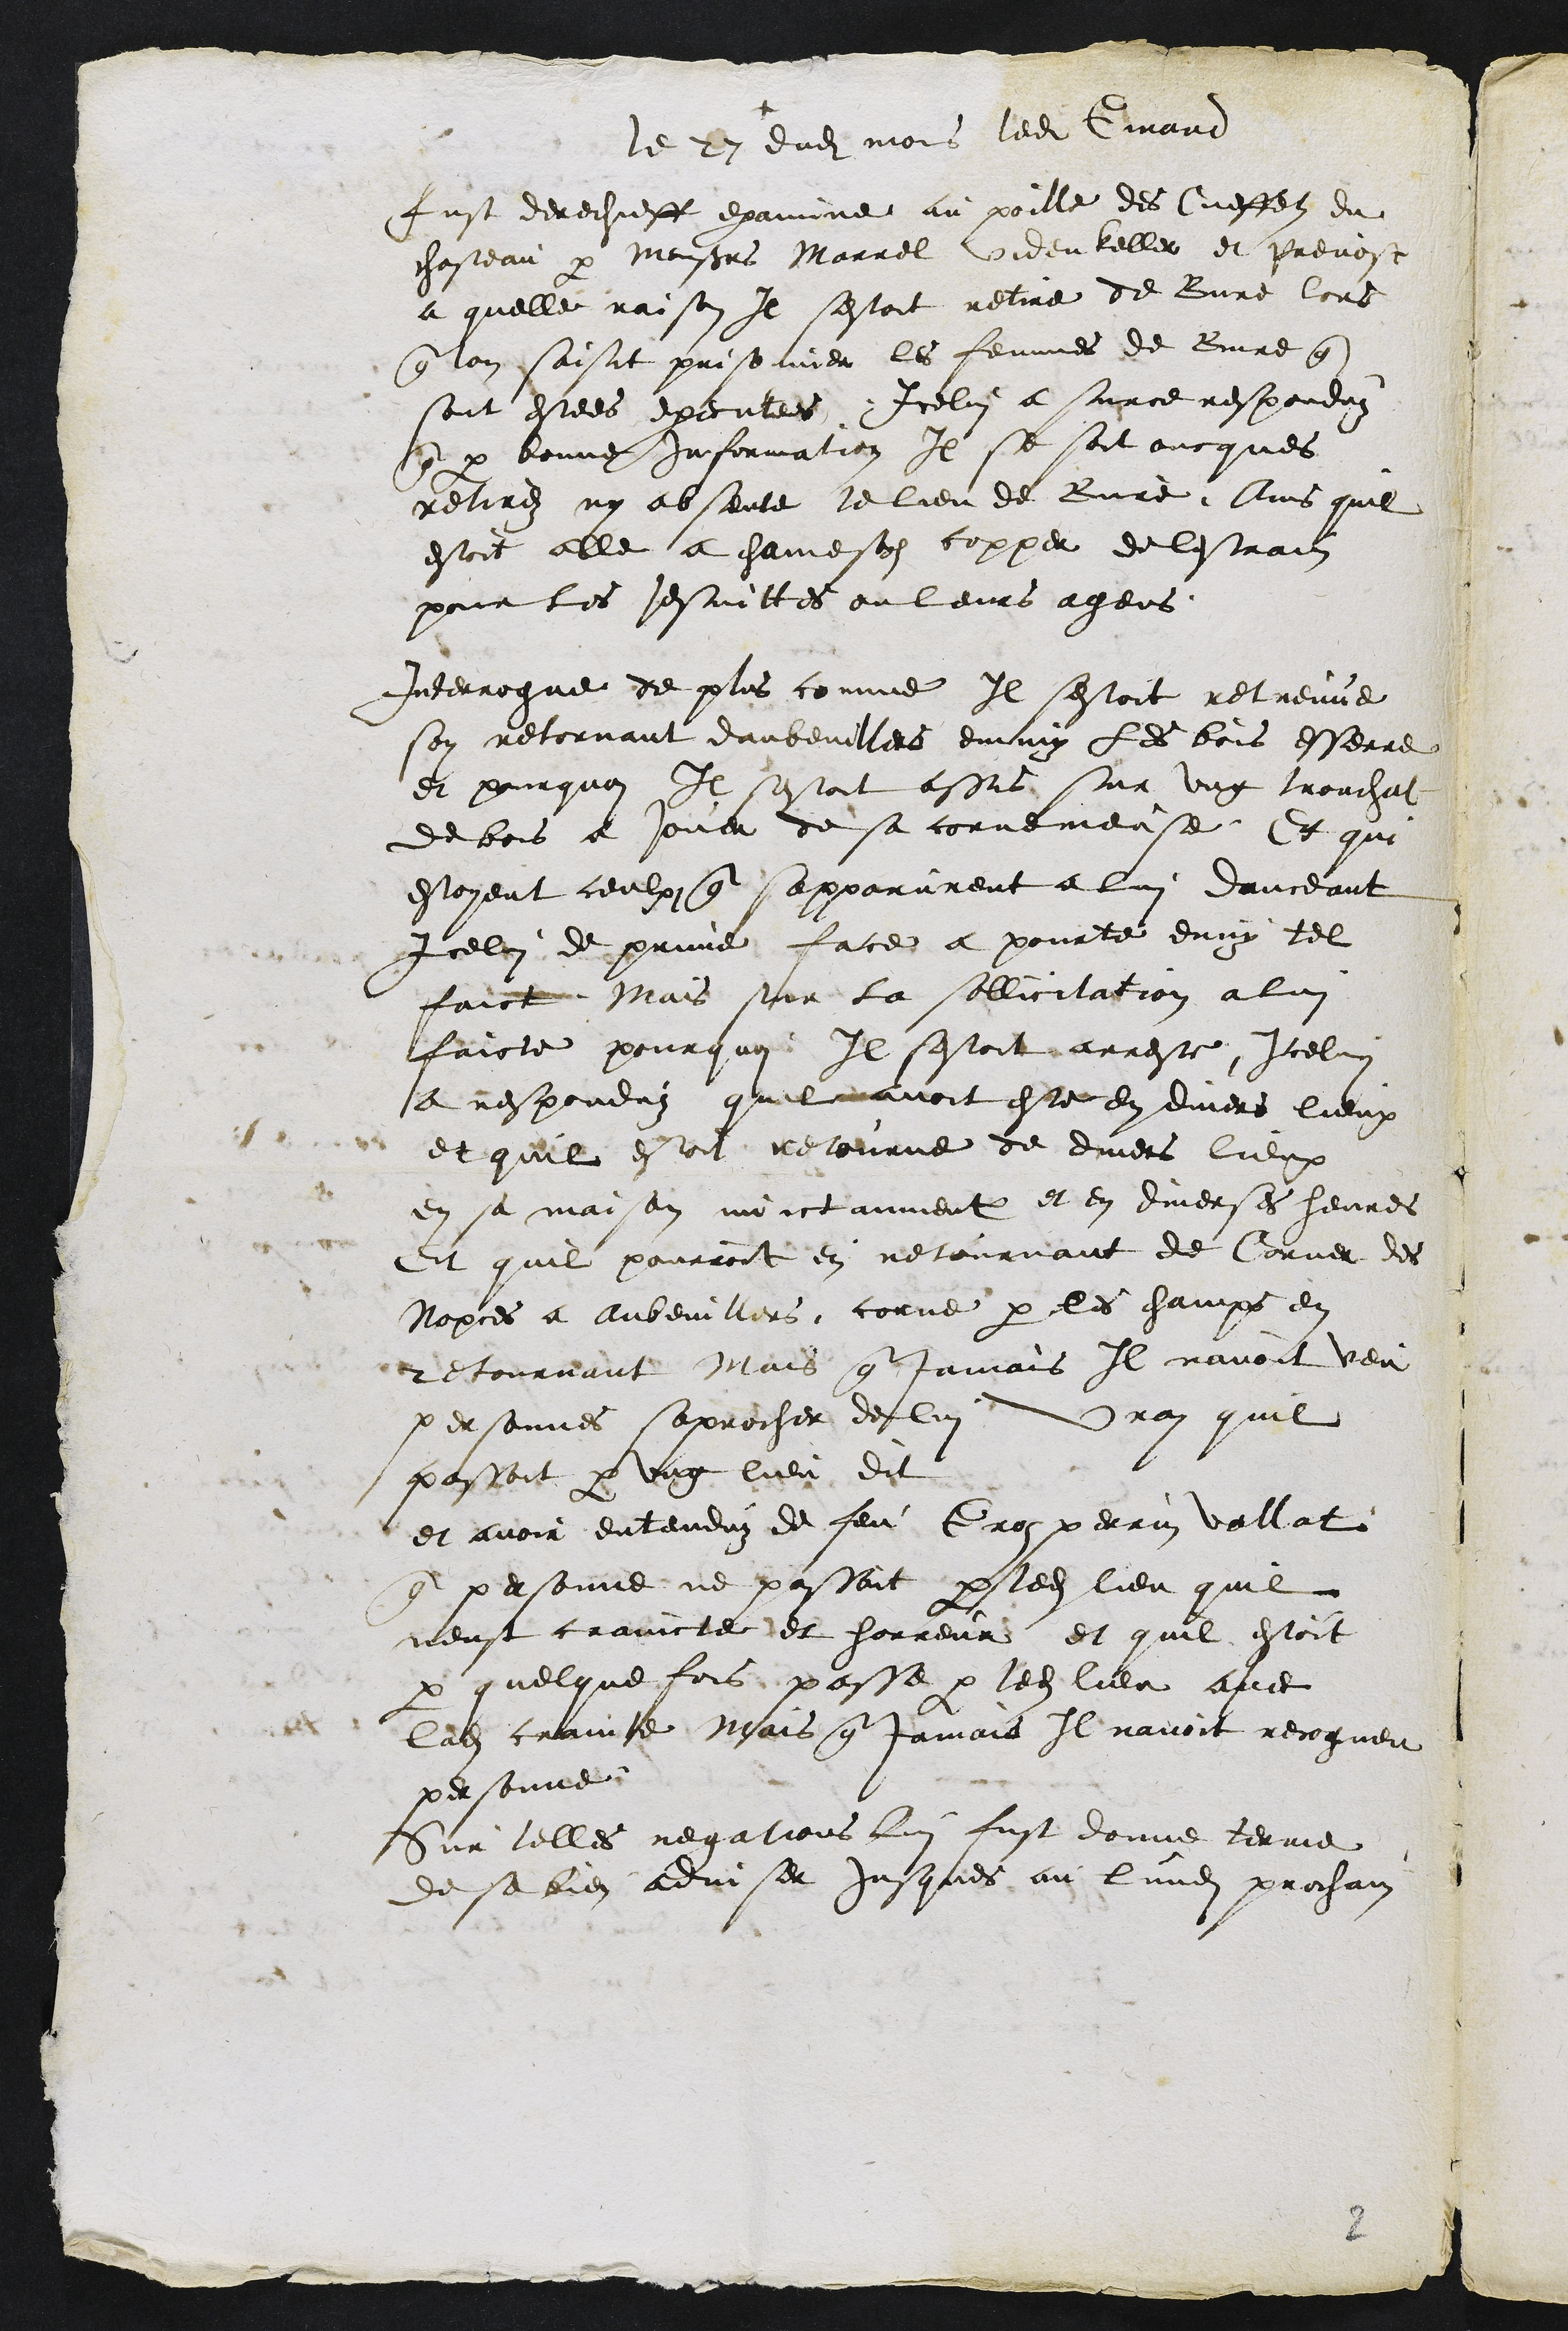
+
Le 27 dudit mois ledit Girard
fust derechieff examine au poille des Cueffets du
chasteau par Monsieurs Marrel Videnkeller et Prevost
a quelle raison Il sestoit retire de Bure lors
que lon saisit prisonnier les femmes de Bure que
sont estees executees Icelui a surce responduz
que par bonne information Il se soit oncques
retirez ny absente le lieu de Bure Ains quil
estoit alle a chamesolz copper de lestrain
pour les Jesuittes ou leurs agens
Interrogue de plus comme Il sestoit retreuve
soy retornant daubevillers emmy les bois esserre
et pourquoi Il sestoit assis sur ung tronchat
de bois a jouer de sa cornemeuse Et qui
estoyent ceulx que sapparurent a lui danceant
Icelui de prime face a pourte deny tel
faict Mais sur la sollicitation a lui
faicte pourquoy Il sestoit arreste Icelui
a responduz quil avoit este en divers lieux
et quil estoit retourne de divers lieux
en sa maison nuictamment et en diverses heures
Et quil pourroit en retournant de Corner des
Nopces a Aubevillers corne par les champs en
retournant Mais que jamais Il navoit veu
personnes saprocher de lui Vray quil
passoit par ung lieu dit
et avoir entenduz de feu Groz perrin Vallat
que personne ne passoit par ledit lieu quil
neust craincte et horreur et quil estoit
par quelque fois passe par ledit lieu avec
ladite crainte Mais que jamais Il navoit recogneu
personne
Sur telles negations lui fust donne terme
de se bien adviser jusques au lundi prochain

2